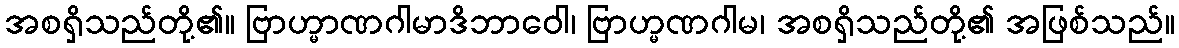
အစရှိသည်တို့၏။ ဗြာဟ္မာဏဂါမာဒိဘာဝေါ၊ ဗြာဟ္မဏဂါမ၊ အစရှိသည်တို့၏ အဖြစ်သည်။